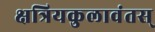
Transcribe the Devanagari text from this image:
क्षत्रियकुलावंतस्